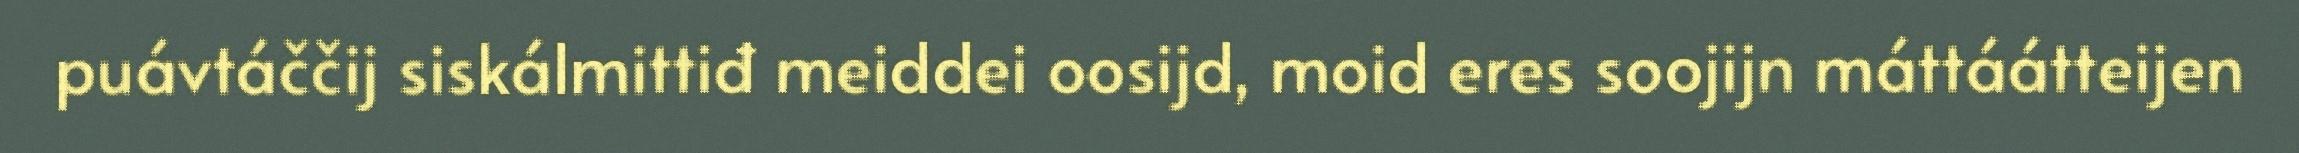
puávtáččij siskálmittiđ meiddei oosijd, moid eres soojijn máttáátteijen